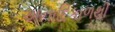
અનાદિકાળથી